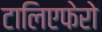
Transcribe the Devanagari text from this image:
टालिएफेरो